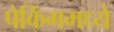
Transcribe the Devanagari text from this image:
पेकिंगमध्ये